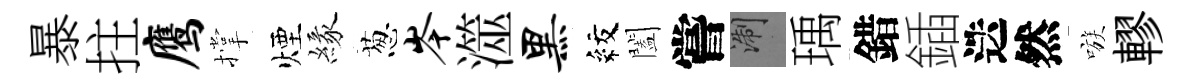
暴拄鹰撑煙緣葱岑澨黑紋闔嘗浙瑀錯鍤迭然嗾轇